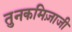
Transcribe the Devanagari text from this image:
तुनकमिज़ाजी